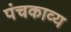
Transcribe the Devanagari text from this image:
पंचकाव्य